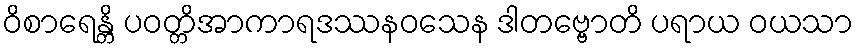
ဝိစာရေန္တိ ပဝတ္တိအာကာရဒဿနဝသေန ဒါတဗ္ဗောတိ ပရာယ ဝယသာ